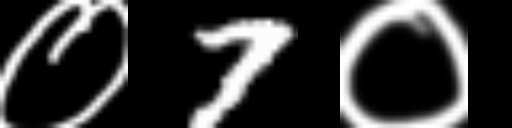
Text: ०7०